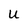
Character: U